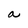
Character: a